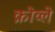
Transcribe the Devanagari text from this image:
क्रोव्ले